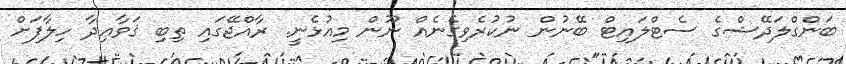
ބަންގްލަދޭޝްގެ ސެޓްލައިޓް ބޭނުން ނުކުރެވިގެނެއް ނޫން މިއުޅެނީ. ރާއްޖޭގައި ތިބި ޤަވާޢިދާ ހިލާފަށް